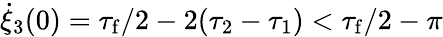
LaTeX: \dot{\xi}_{3}(0)=\tau_{\mathrm{f}}/2-2(\tau_{2}-\tau_{1})<\tau_{\mathrm{f}}/2-\pi